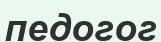
педогог